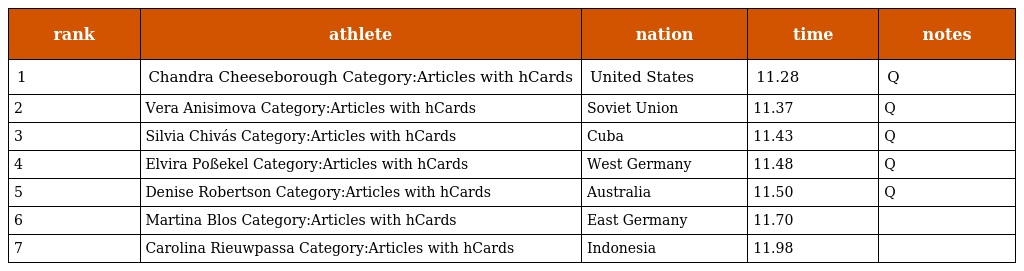
| rank | athlete | nation | time | notes |
 | --- | --- | --- | --- | --- |
 | 1 | Chandra Cheeseborough Category:Articles with hCards | United States | 11.28 | Q |
 | 2 | Vera Anisimova Category:Articles with hCards | Soviet Union | 11.37 | Q |
 | 3 | Silvia Chivás Category:Articles with hCards | Cuba | 11.43 | Q |
 | 4 | Elvira Poßekel Category:Articles with hCards | West Germany | 11.48 | Q |
 | 5 | Denise Robertson Category:Articles with hCards | Australia | 11.50 | Q |
 | 6 | Martina Blos Category:Articles with hCards | East Germany | 11.70 |  |
 | 7 | Carolina Rieuwpassa Category:Articles with hCards | Indonesia | 11.98 |  |